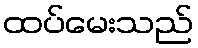
ထပ်မေးသည်